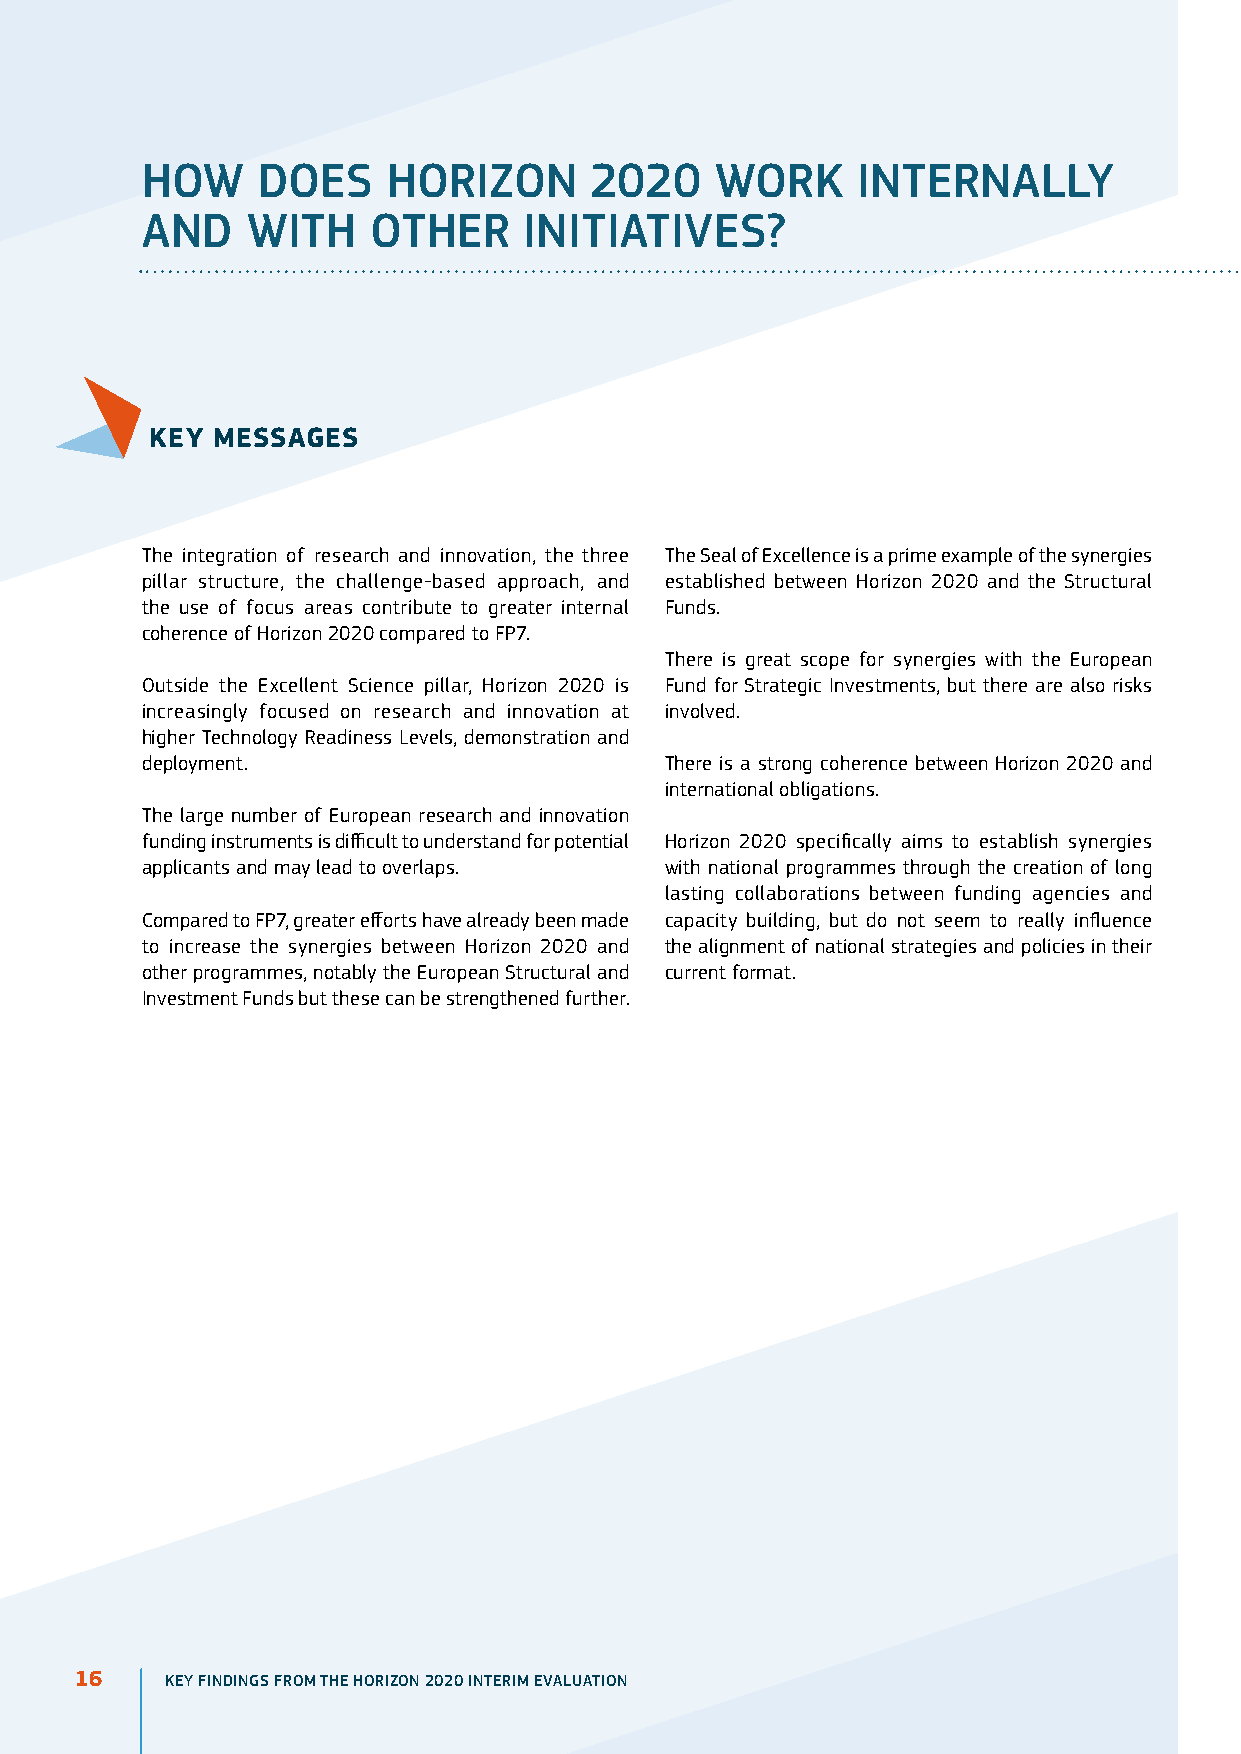
HoW     DoES     Horizon      2020    WorK      inTErnALLY
 AnD    WiTH    oTHEr      iniTiATiVES?
 KEy MESSAgES
 The integration of research and innovation, the three The Seal of Excellence is a prime example of the synergies
 pillar structure, the challenge-based approach, and established between Horizon 2020 and the Structural
 the use of focus areas contribute to greater internal Funds.
 coherence of Horizon 2020 compared to FP7.
 There is great scope for synergies with the European
 Outside the Excellent Science pillar, Horizon 2020 is Fund for Strategic Investments, but there are also risks
 increasingly focused on research and innovation at involved.
 higher Technology Readiness Levels, demonstration and
 deployment.                        There is a strong coherence between Horizon 2020 and
 international obligations.
 The large number of European research and innovation
 funding instruments is difficult to understand for potential Horizon 2020 specifically aims to establish synergies
 applicants and may lead to overlaps. with national programmes through the creation of long
 lasting collaborations between funding agencies and
 Compared to FP7, greater efforts have already been made capacity building, but do not seem to really influence
 to increase the synergies between Horizon 2020 and the alignment of national strategies and policies in their
 other programmes, notably the European Structural and current format.
 Investment Funds but these can be strengthened further.
 16    KEY FINDINGS FROM THE HORIZON 2020 INTERIM EVALUATION